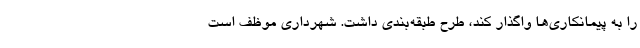
را به پیمانکاری‌ها واگذار کند، طرح طبقه‌بندی داشت. شهرداری موظف است